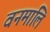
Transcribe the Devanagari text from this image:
वनमालि